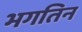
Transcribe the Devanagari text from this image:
भगतिन